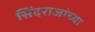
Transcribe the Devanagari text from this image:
सिंदराजांच्या